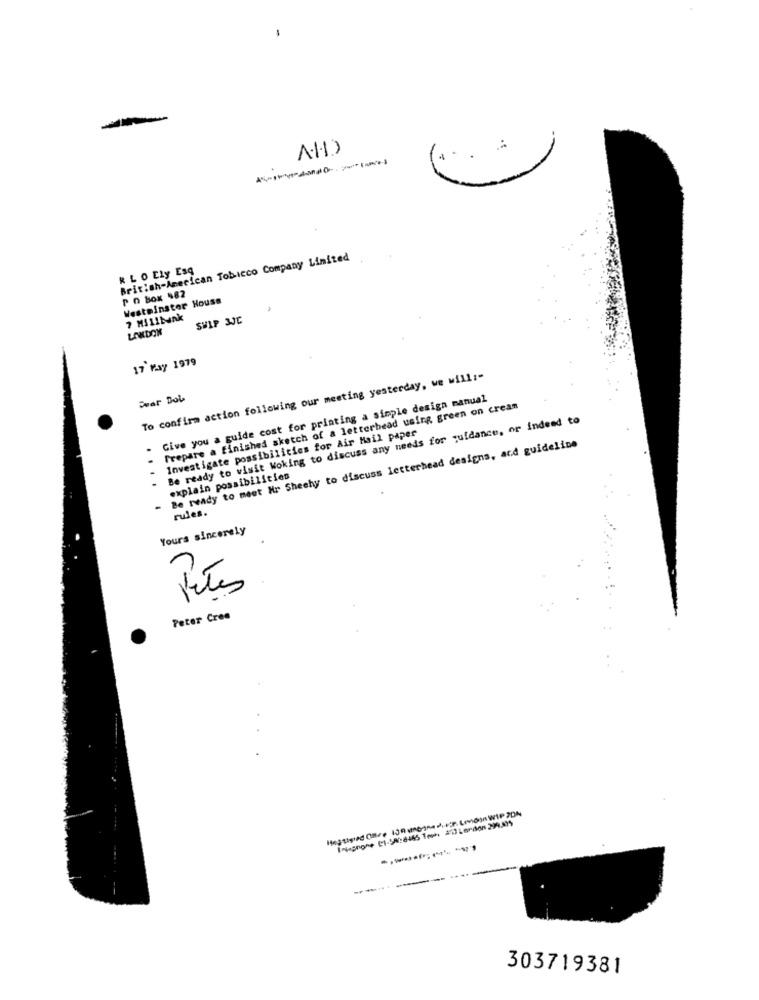
British-American Tobicco Company Limited
* LO Cly Esq
P O Box $82
Westminster House
7 Millbunk
SHIP 3JC
LONDON
17 Fay 1979
To confirm action following our meeting yesterday, we will :-
Dwar Dob
Give you a guide cost for printing a simple design manual
Prepare a finished sketch of a letterhead using green on cream
Be ready to visit Woking to discuss any needs for guidance, or indeed to
Investigate possibilities for Air Mail paper
- Be ready to meet Mr Sheehy to discuss letterhead designs, and guideline
explain possibilities
rules.
Yours sincerely
Vites
Peter Cree
---
303719381